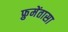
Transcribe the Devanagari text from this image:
फ्रुमेंतासा